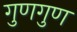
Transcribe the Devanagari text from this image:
गुणगुण